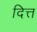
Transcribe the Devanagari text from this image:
दित्त